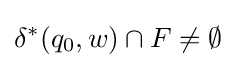
\delta ^{*}(q_{0},w)\cap F\not =\emptyset